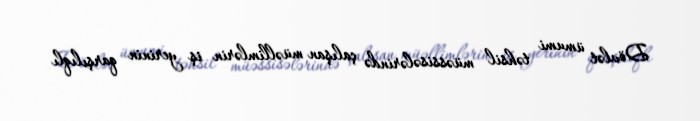
Dövlət ümumi təhsil müəssisələrində çalışan müəllimlərin iş yerinin qarşılıqlı